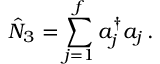
\hat { N } _ { 3 } = \sum \sp f _ { j = 1 } a _ { j } \sp { \dagger } a _ { j } \, .